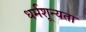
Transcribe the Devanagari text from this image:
धर्मशून्यता